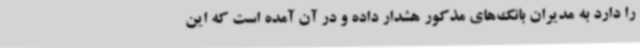
را دارد به مدیران بانک‌های مذکور هشدار داده و در آن آمده است که این